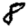
Digit: 8